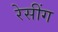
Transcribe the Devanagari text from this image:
रेसींग